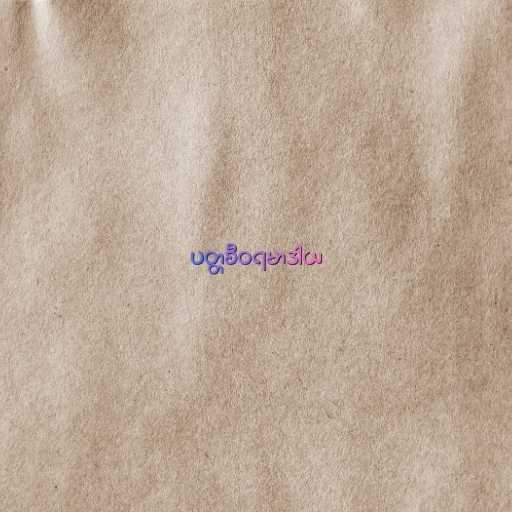
ပတ္တစီဝရမာဒါယ